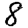
Digit: 8